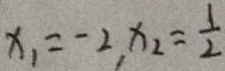
x _ { 1 } = - 2 , x _ { 2 } = \frac { 1 } { 2 }